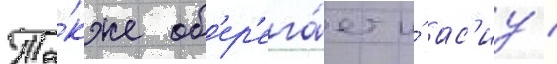
Та́кже об'ер'ега́ет и́ ас'иу